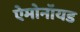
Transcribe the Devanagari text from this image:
ऐमोनॉयड